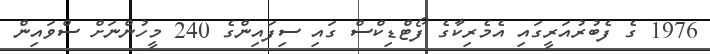
1976 ގެ ފެބުރުއަރީގައި އެމެރިކާގެ ފޯޓްޑިކްސް ގައި ސިފައިންގެ 240 މީހުންނަށް ސްވައިން